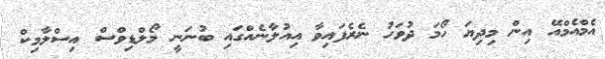
އެމްއެމްއޭ އިން މިދިޔަ ހޯމަ ދުވަހު ނެރެފައިވާ އިއުލާނެއްގައި ބުނަނީ މޯލްޑިވްސް އިސްލާމިކް